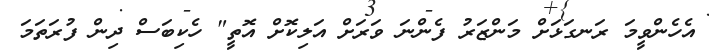
އެހެންވީމަ ރަނގަޅަށް މަންޒަރު ފެންނަ ވަރަށް އަލިކޮށް އޮތީ" ހެކިބަސް ދިން ފުރަތަމަ